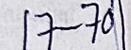
17 - 70